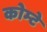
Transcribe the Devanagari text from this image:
कोम्टे